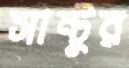
সান্টুর